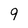
Character: 9